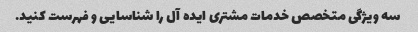
سه ویژگی متخصص خدمات مشتری ایده آل را شناسایی و فهرست کنید.